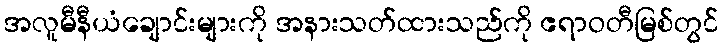
အလူမီနီယံချောင်းများကို အနားသတ်ထားသည်ကို ဧရာဝတီမြစ်တွင်